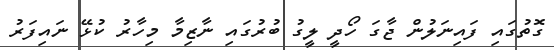
ގޮތުގައި ފައިނަލުން ޖާގަ ހޯދީ ލީގު ބުރުގައި ނާޒިމާ މިހާރު ކުޅޭ ނައިފަރު